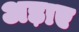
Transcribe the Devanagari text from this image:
अड़ाए